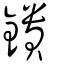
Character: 鐀